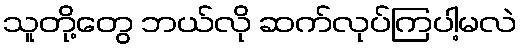
သူတို့တွေ ဘယ်လို ဆက်လုပ်ကြပါ့မလဲ